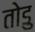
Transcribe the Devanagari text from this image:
तोडु